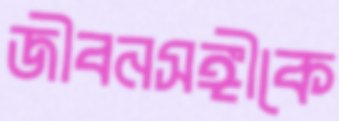
জীবনসঙ্গীকে